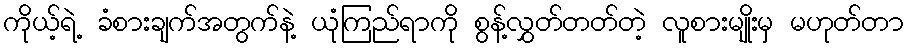
ကိုယ့်ရဲ့ ခံစားချက်အတွက်နဲ့ ယုံကြည်ရာကို စွန့်လွှတ်တတ်တဲ့ လူစားမျိုးမှ မဟုတ်တာ